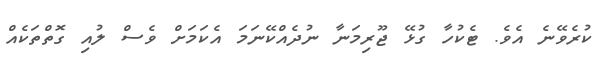
ކުރެވޭނެ އެވެ. ޓެކުހާ ގުޅޭ ޖޫރިމަނާ ނުދެއްކޭނަމަ އެކަމަށް ވެސް ލުއި ގޮތްތަކެއް